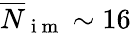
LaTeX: \overline{{N}}_{\mathrm{~i~m~}}\sim 16